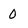
Character: O